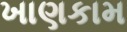
ખાણકામ